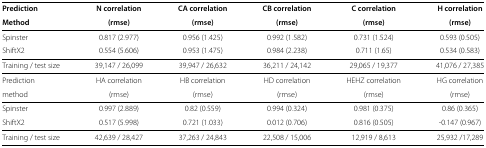
<table><thead><tr><td><b>Prediction</b></td><td><b>N correlation</b></td><td><b>CA correlation</b></td><td><b>CB correlation</b></td><td><b>C correlation</b></td><td><b>H correlation</b></td></tr><tr><td><b>Method</b></td><td><b>(rmse)</b></td><td><b>(rmse)</b></td><td><b>(rmse)</b></td><td><b>(rmse)</b></td><td><b>(rmse)</b></td></tr></thead><tbody><tr><td>Spinster</td><td>0.817 (2.977)</td><td>0.956 (1.425)</td><td>0.992 (1.582)</td><td>0.731 (1.524)</td><td>0.593 (0.505)</td></tr><tr><td>ShiftX2</td><td>0.554 (5.606)</td><td>0.953 (1.475)</td><td>0.984 (2.238)</td><td>0.711 (1.65)</td><td>0.534 (0.583)</td></tr><tr><td>Training / test size</td><td>39,147 / 26,099</td><td>39,947 / 26,632</td><td>36,211 / 24,142</td><td>29,065 / 19,377</td><td>41,076 / 27,385</td></tr><tr><td>Prediction</td><td>HA correlation</td><td>HB correlation</td><td>HD correlation</td><td>HEHZ correlation</td><td>HG correlation</td></tr><tr><td>method</td><td>(rmse)</td><td>(rmse)</td><td>(rmse)</td><td>(rmse)</td><td>(rmse)</td></tr><tr><td>Spinster</td><td>0.997 (2.889)</td><td>0.82 (0.559)</td><td>0.994 (0.324)</td><td>0.981 (0.375)</td><td>0.86 (0.365)</td></tr><tr><td>ShiftX2</td><td>0.517 (5.998)</td><td>0.721 (1.033)</td><td>0.012 (0.706)</td><td>0.816 (0.505)</td><td>-0.147 (0.967)</td></tr><tr><td>Training / test size</td><td>42,639 / 28,427</td><td>37,263 / 24,843</td><td>22,508 / 15,006</td><td>12,919 / 8,613</td><td>25,932 /17,289</td></tr></tbody></table>